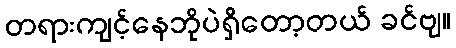
တရားကျင့်နေဘိုပဲရှိတော့တယ် ခင်ဗျ။